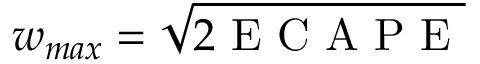
w _ { m a x } = \sqrt { 2 \mathrm { ~ E ~ C ~ A ~ P ~ E ~ } }